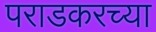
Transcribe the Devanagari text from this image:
पराडकरच्या